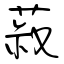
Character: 菽